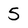
Character: 5